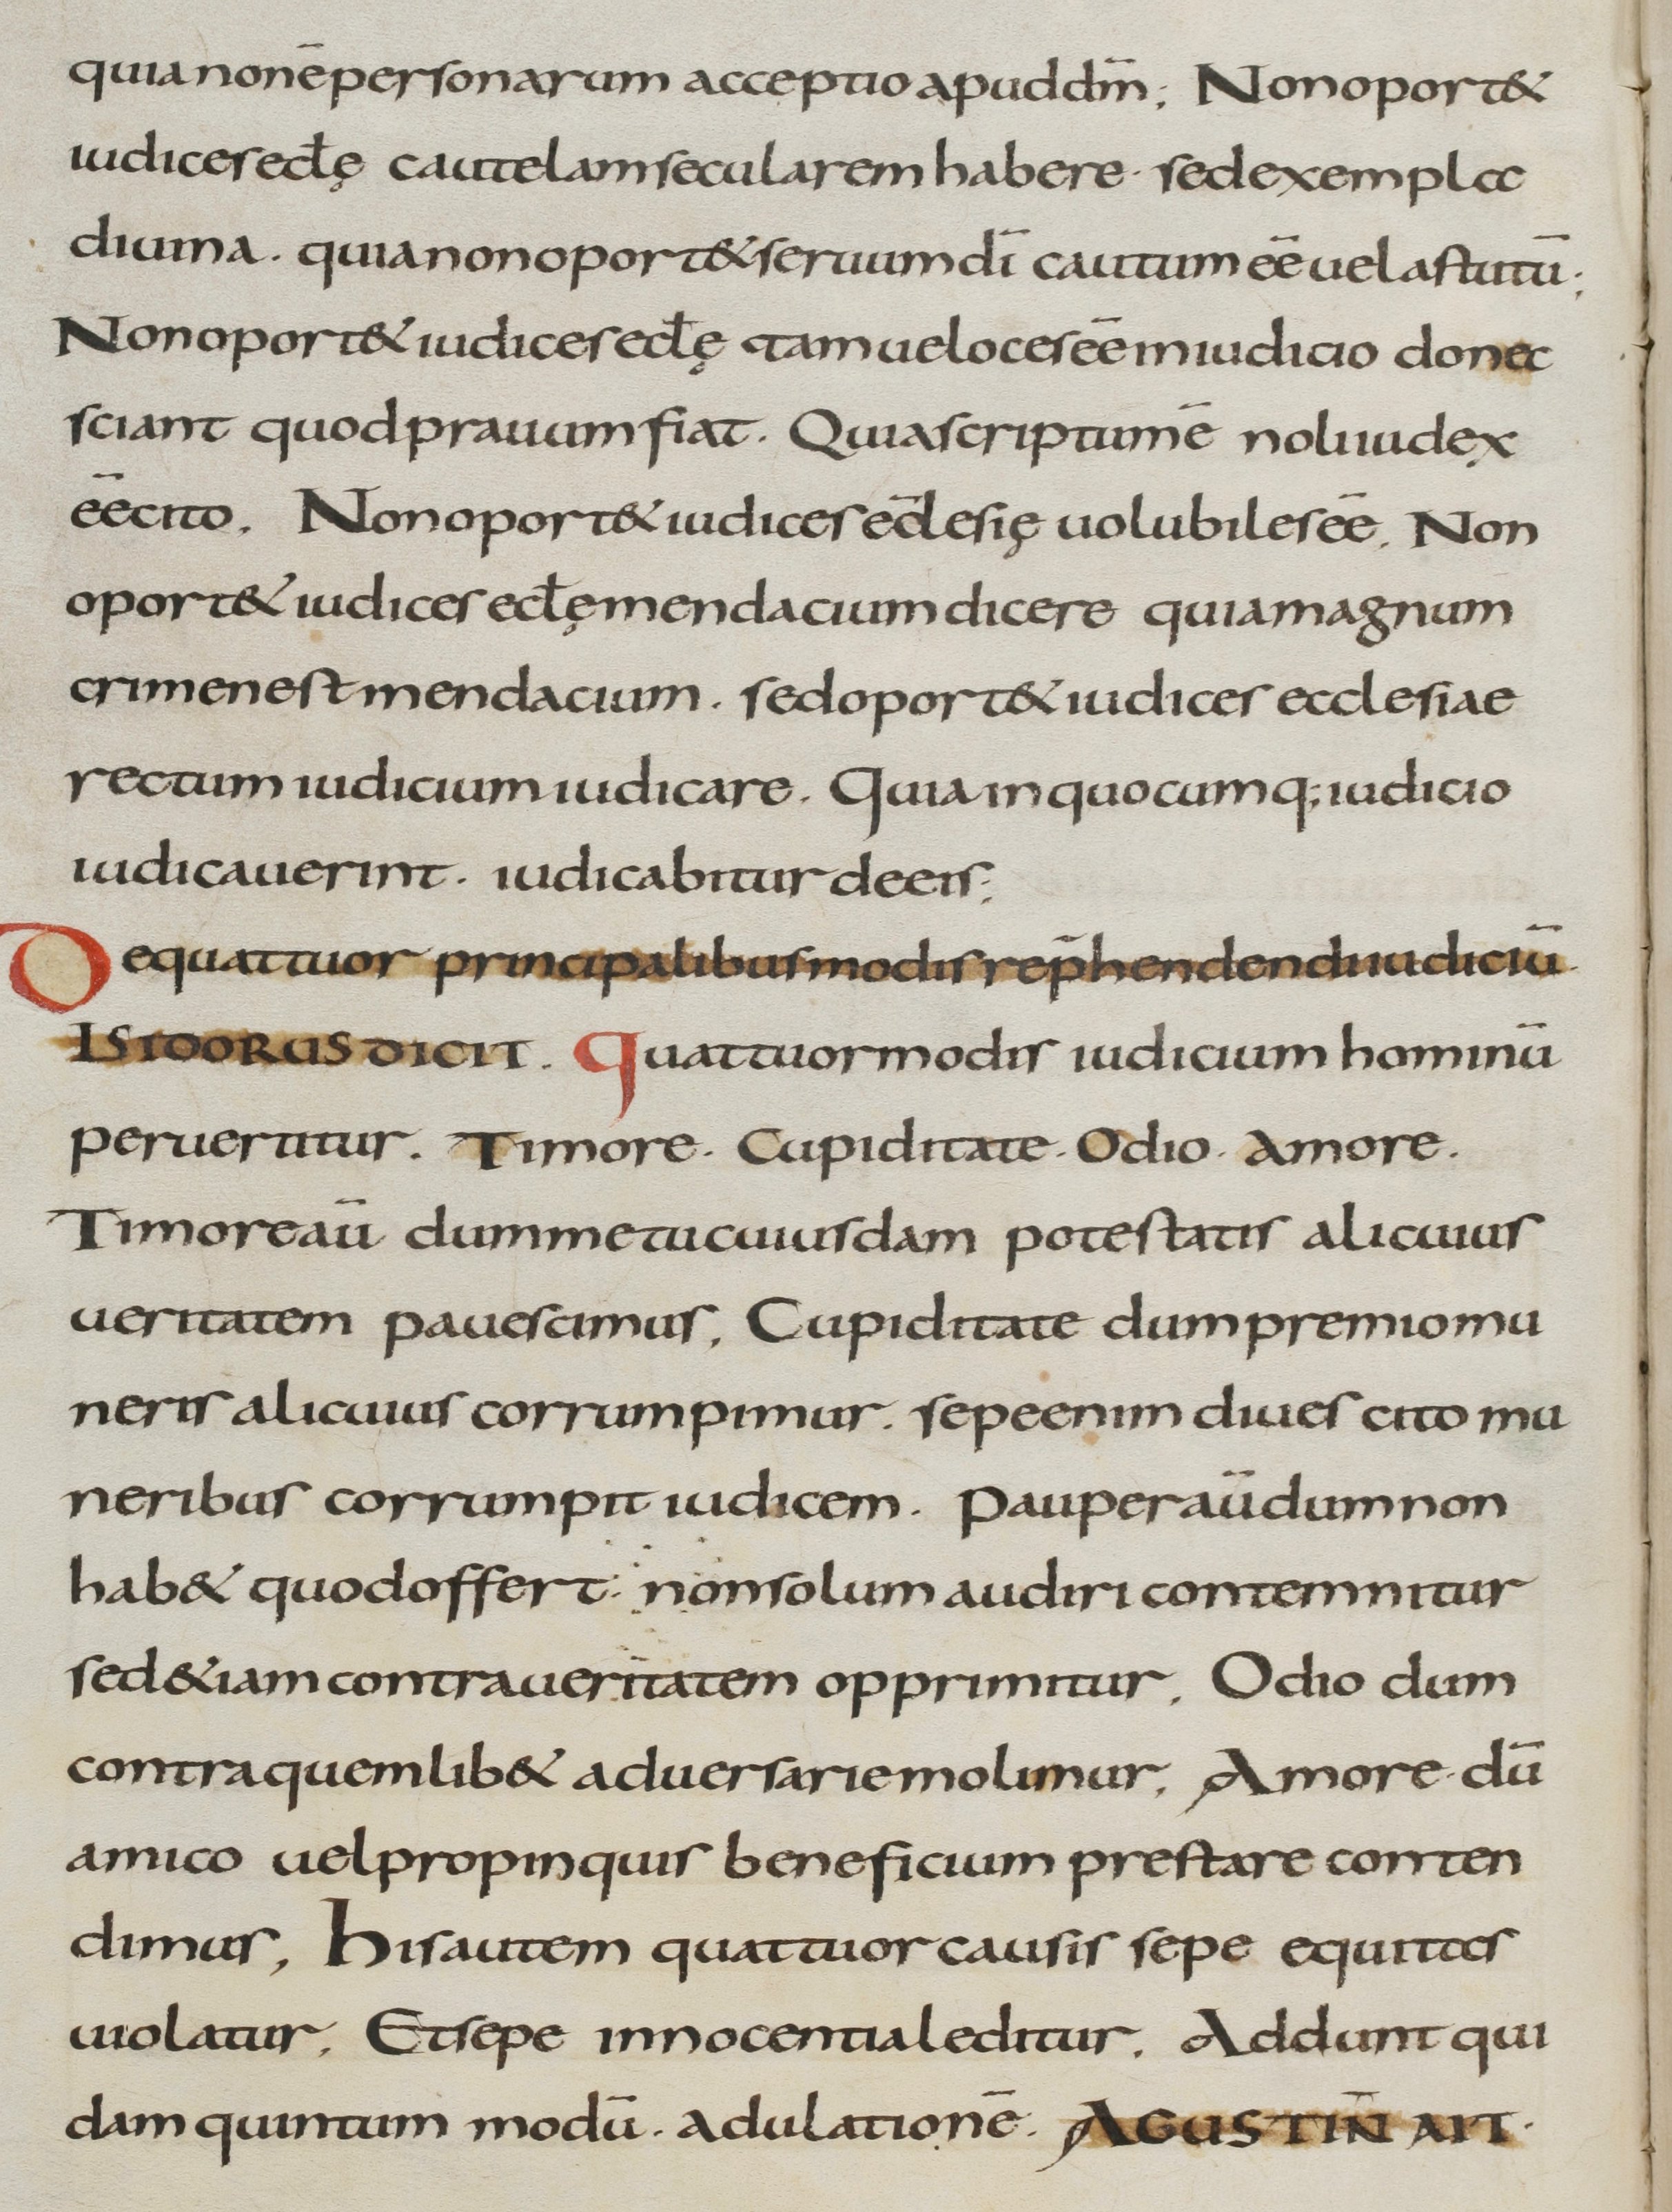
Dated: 800–899